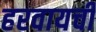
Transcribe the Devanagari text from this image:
हरवायची